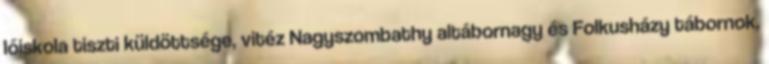
lőiskola tiszti küldöttsége, vitéz Nagyszombathy altábornagy és Folkusházy tábornok,